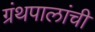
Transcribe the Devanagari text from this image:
ग्रंथपालांची